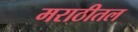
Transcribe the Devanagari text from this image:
मराठीतल